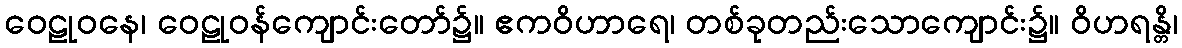
ဝေဠုဝနေ၊ ဝေဠုဝန်ကျောင်းတော်၌။ ဧကဝိဟာရေ၊ တစ်ခုတည်းသောကျောင်း၌။ ဝိဟရန္တိ၊